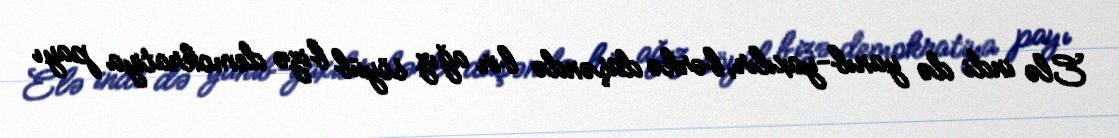
Elə indi də yanıb-yaxılır, bərkə düşəndə bir ağız söyüb bizə demokratiya payı